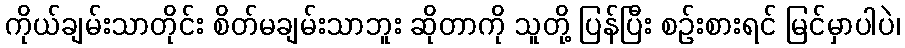
ကိုယ်ချမ်းသာတိုင်း စိတ်မချမ်းသာဘူး ဆိုတာကို သူတို့ ပြန်ပြီး စဉ်းစားရင် မြင်မှာပါပဲ၊